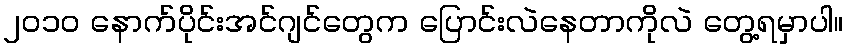
၂၀၁၀ နောက်ပိုင်းအင်ဂျင်တွေက ပြောင်းလဲနေတာကိုလဲ တွေ့ရမှာပါ။